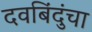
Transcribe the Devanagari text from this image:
दवबिंदुंचा